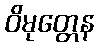
ဝိမုတ္တေန